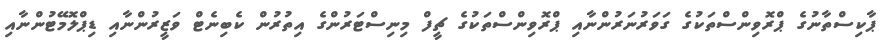
ޕާކިސްތާނުގެ ޕްރޮވިންސްތަކުގެ ގަވަރުނަރުންނާއި ޕްރޮވިންސްތަކުގެ ޗީފް މިނިސްޓަރުންގެ އިތުރުން ކެބިނެޓް ވަޒީރުންނާއި ޑިޕްލޮމޭޓުންނާއި